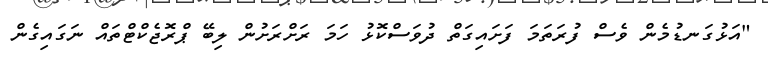
"އަޅުގަނޑުމެން ވެސް ފުރަތަމަ ފަށައިގަތް ދުވަސްކޮޅު ހަމަ ރަށްރަށުން ލިބޭ ޕްރޮޖެކްޓްތައް ނަގައިގެން